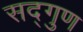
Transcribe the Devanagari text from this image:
सद्‌गुण